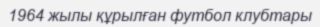
1964 жылы құрылған футбол клубтары